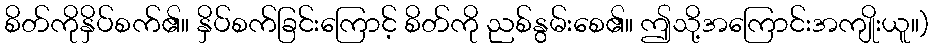
စိတ်ကိုနှိပ်စက်၏။ နှိပ်စက်ခြင်းကြောင့် စိတ်ကို ညစ်နွမ်းစေ၏။ ဤသို့အကြောင်းအကျိုးယူ။)